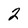
Character: 2